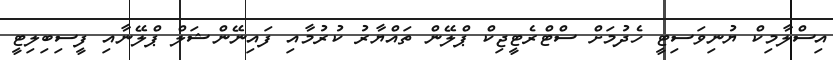
އިސްލާމިކް ޔުނިވަސިޓީ ހެދުމަށް ސްޓްރެޓީޖިކް ޕްލޭން ތައްޔާރު ކުރުމާއި ފައިނޭންޝަލް ޕްލޭނާއި ފީސިބިލިޓީ